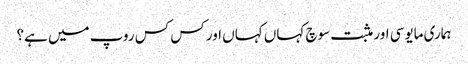
ہماری مایوسی اور مثبت سوچ کہاں کہاں اور کس کس روپ میں ہے؟